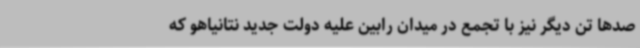
صدها تن دیگر نیز با تجمع در میدان رابین علیه دولت جدید نتانیاهو که